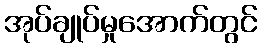
အုပ်ချုပ်မှုအောက်တွင်